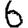
Digit: 6